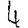
Digit: 4